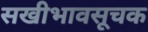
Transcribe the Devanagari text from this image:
सखीभावसूचक